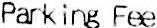
PARKING FEE